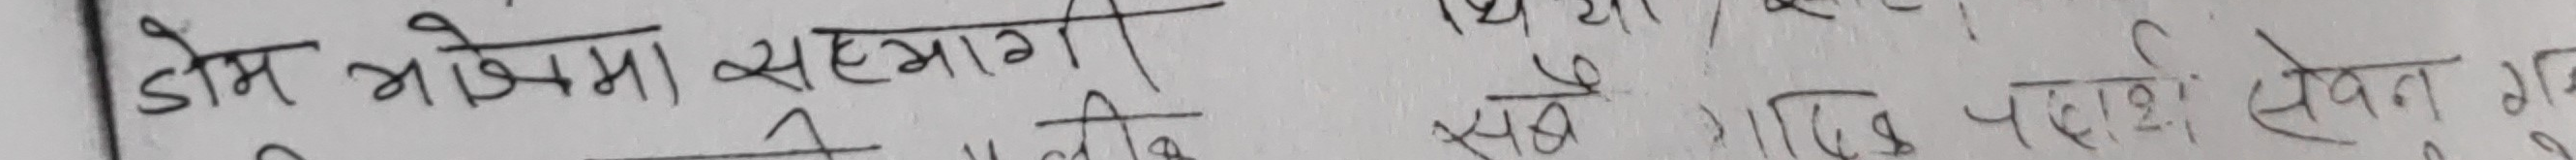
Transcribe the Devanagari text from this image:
डोम भोजमा सहभागी
सबै नागरिक पक्षपात सेवन